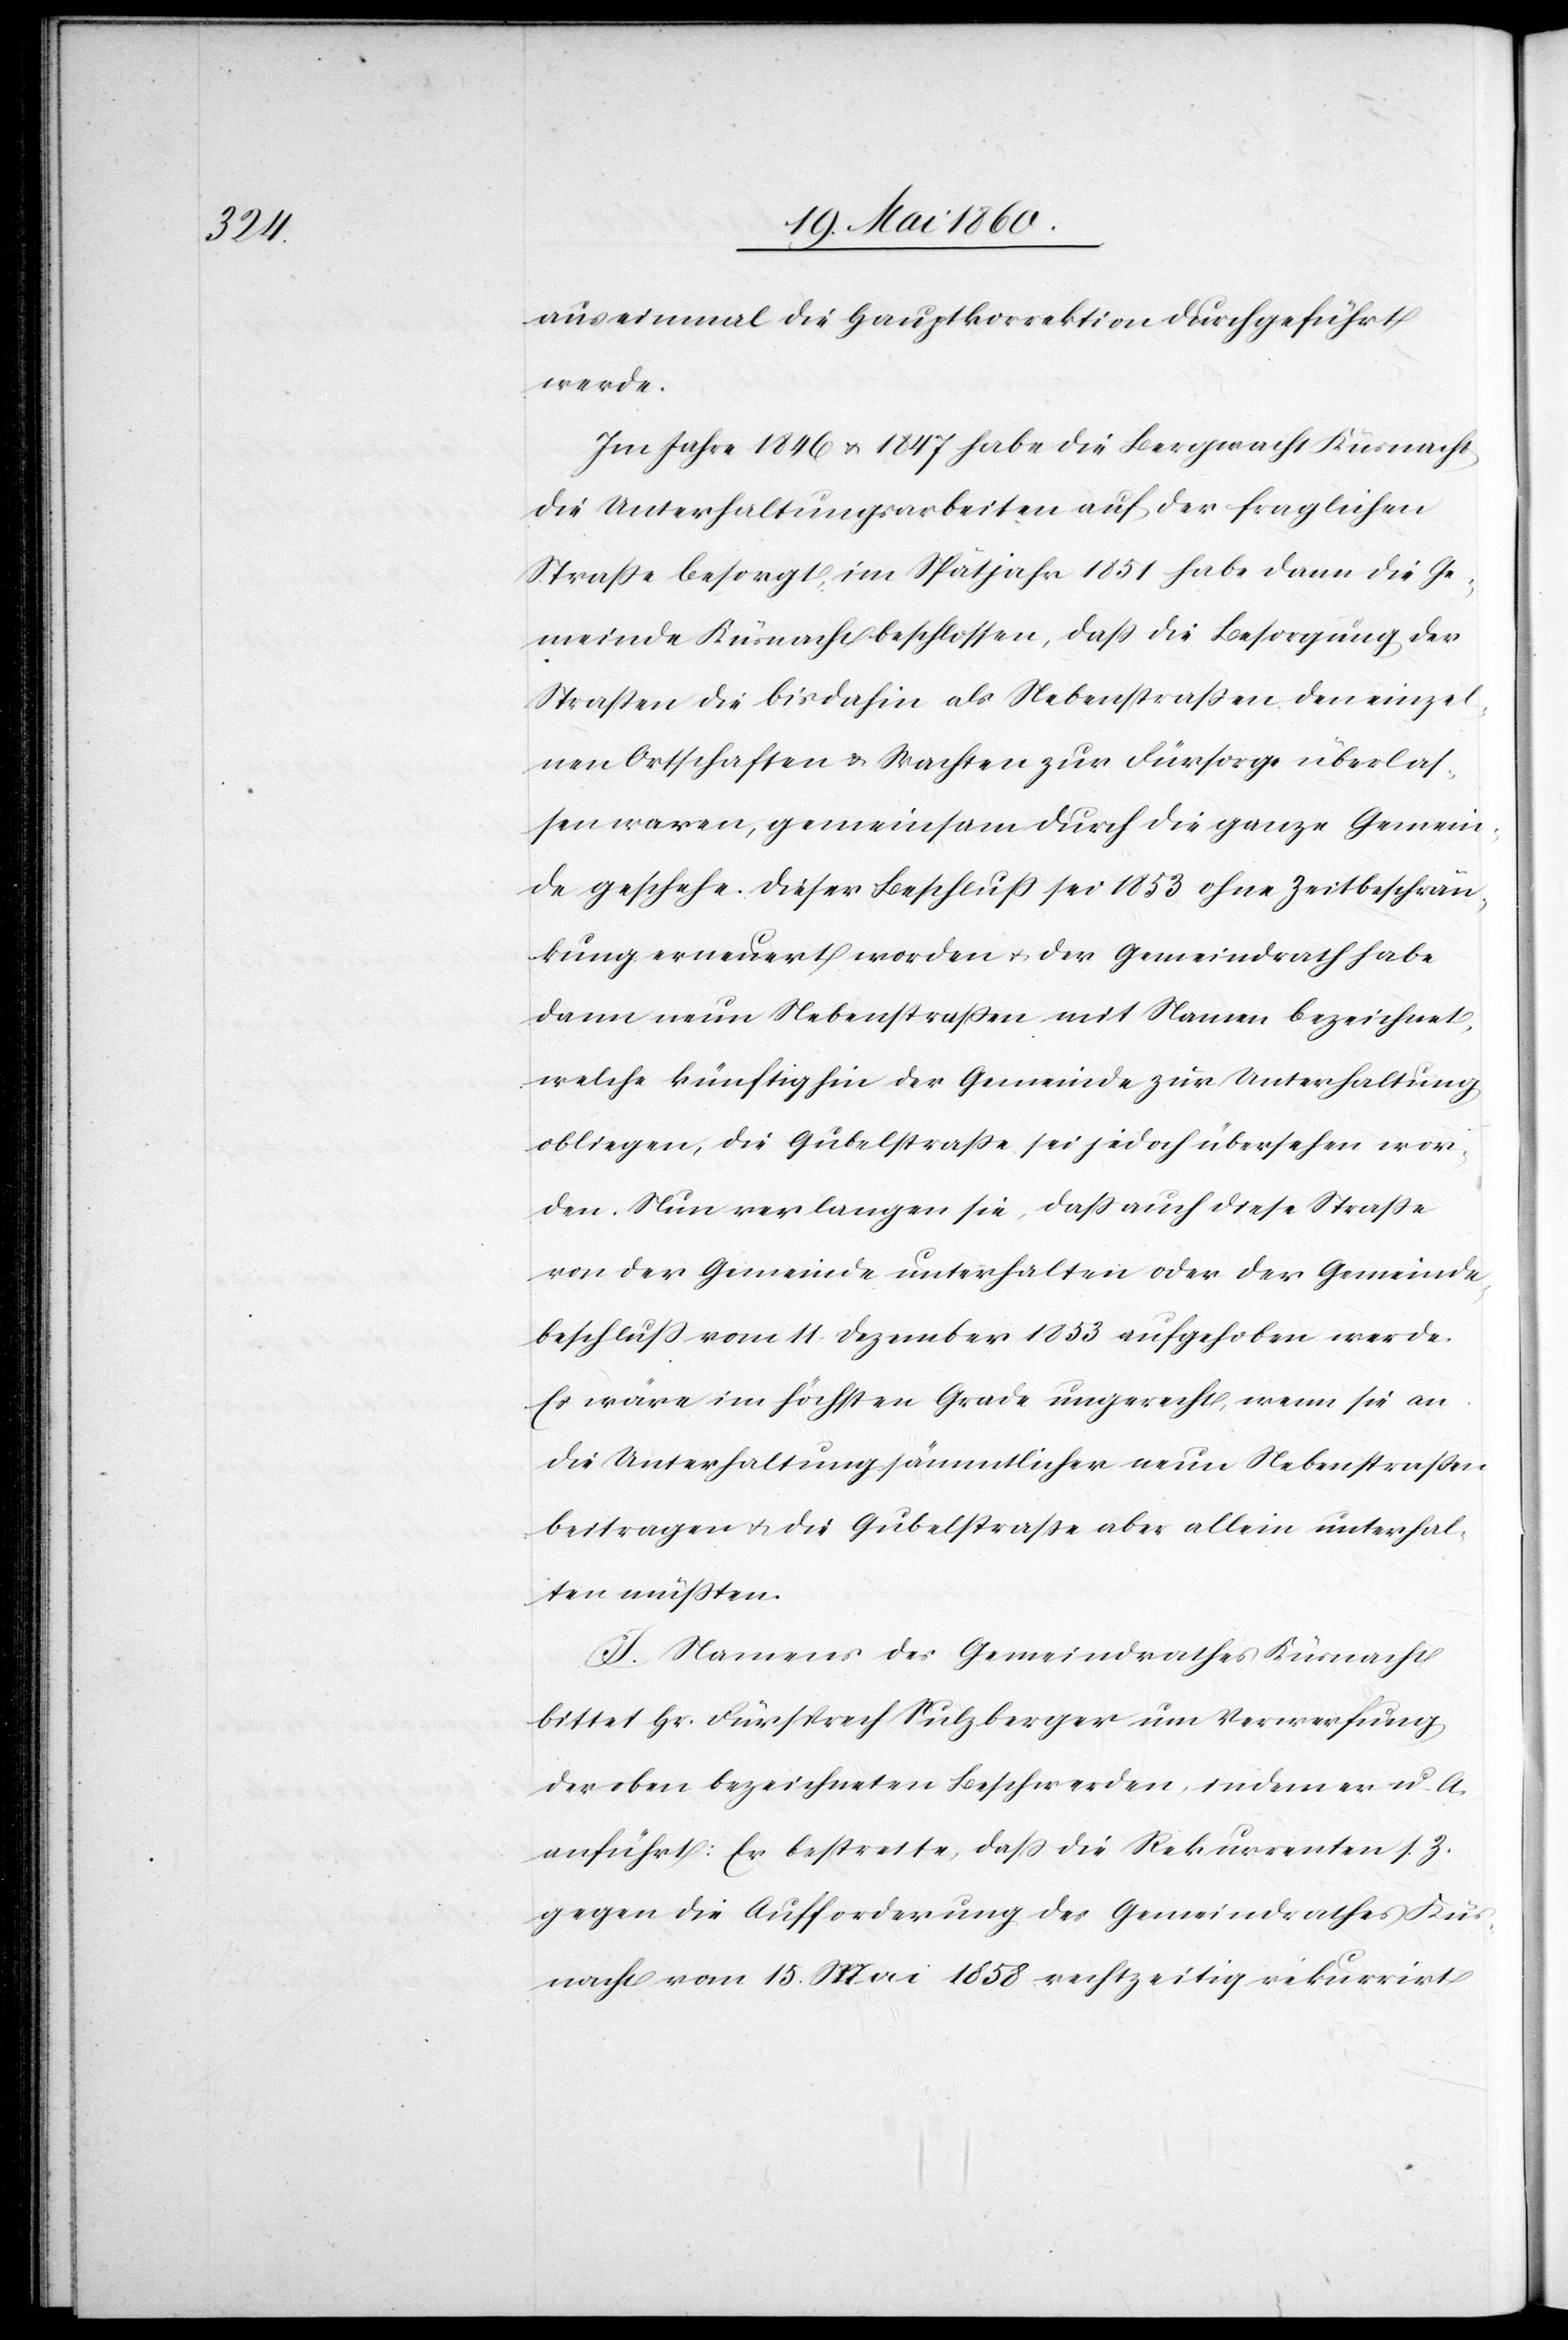
aus einmal die Hauptkorrektion durchgeführt
werde.
Im Jahre 1846 u. 1847 habe die Bergwacht Küsnacht
die Unterhaltungsarbeiten auf der fraglichen
Strasse besorgt im Spätjahr 1851 habe dann die Ge¬
meinde Küsnacht beschlossen, dass die Besorgung der
Strassen die bis dahin als Nebenstrassen den einzel¬
nen Ortschaften u. Wachten zur Fürsorge überlas¬
sen waren, gemeinsam durch die ganze Gemein¬
de geschehe. Dieser Beschluss sei 1853 ohne Zweitbeschrän¬
kung erneuert worden u. der Gemeindrath habe
dann neun Nebenstrassen mit Namen bezeichnet,
welche künftig der Gemeinde zur Unterhaltung
obliegen, die Gubelstrasse sei jedoch übersehen wor¬
den. Nun verlange sie, dass auch diese Strasse
von der Gemeinde unterhalten oder der Gemeinde¬
beschluß vom 11. Dezember 1853 aufgehoben werde.
Es wäre im höchsten Grade ungerecht, wenn sie an
die Unterhaltung sämmtlicher neun Nebenstrassen
beitragen u. die Gubelstrasse aber allein unterhal¬
ten müssten.
I. Namens des Gemeindrathes Küsnacht
bittet Hr. Fürsprech Sulzberger um Verwerfung
der oben bezeichneten Beschwerden, in der er u. A.
anführt: Er bestreite, dass die Rekurrenten s. Z.
gegen die Aufforderung des Gemeindrathes Küs¬
nacht vom 15. Mai 1858 rechtzeitig rekurrirt